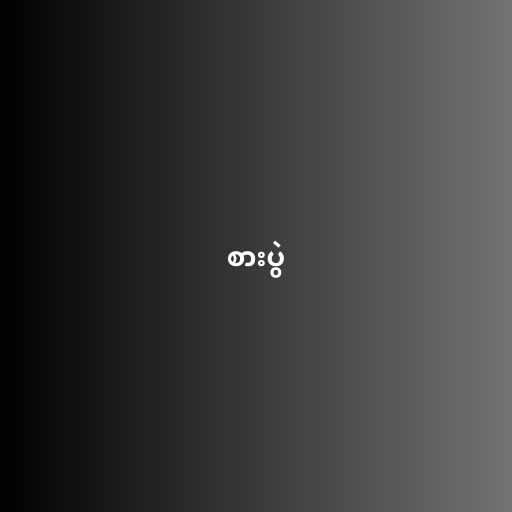
စားပွဲ